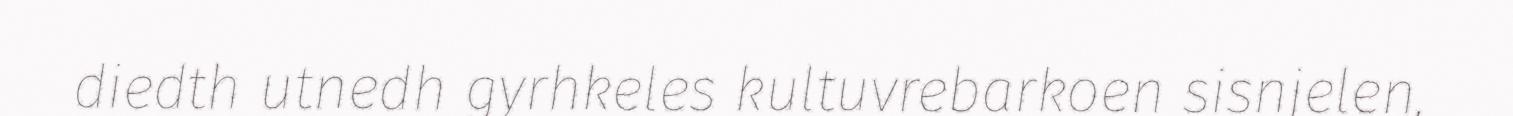
diedth utnedh gyrhkeles kultuvrebarkoen sisnjelen,